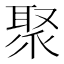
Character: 聚